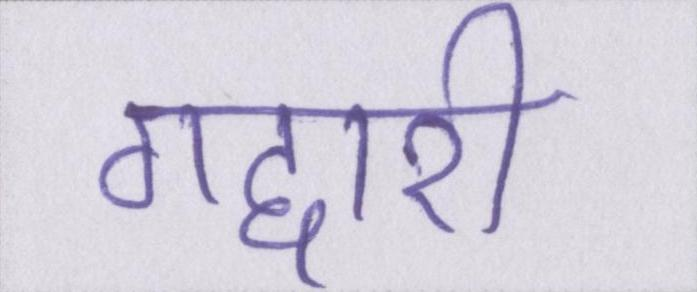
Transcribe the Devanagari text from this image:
गद्दारी